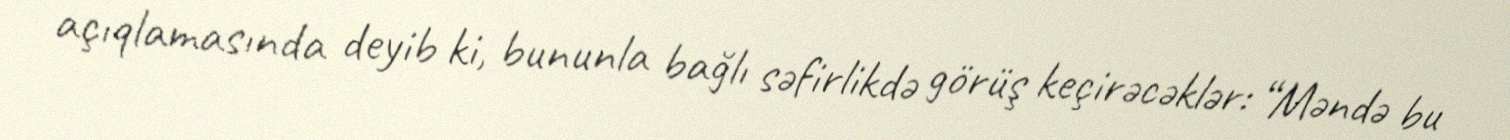
açıqlamasında deyib ki, bununla bağlı səfirlikdə görüş keçirəcəklər: “Məndə bu